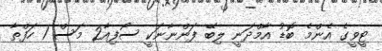
ޓީވީގެ އެންމެ ބޮޑު އާމްދަނީ ލިބޭ ފަންނާނަކީ ސޯފިއާ2 މަސް 1 ހަފްތާ